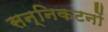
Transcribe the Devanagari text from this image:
सन्निकटनों